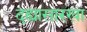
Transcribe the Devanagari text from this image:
दह्यासारखा